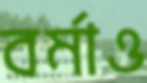
বর্মাও